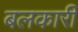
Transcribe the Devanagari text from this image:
बलकारी